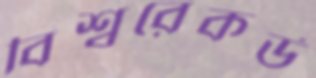
বিশ্বরেকর্ড